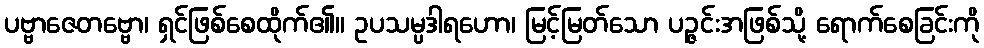
ပဗ္ဗာဇေတဗ္ဗော၊ ရှင်ဖြစ်စေထိုက်၏။ ဥပသမ္ပဒါရဟော၊ မြင့်မြတ်သော ပဉ္ဇင်းအဖြစ်သို့ ရောက်စေခြင်းကို